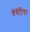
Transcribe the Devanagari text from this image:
गेंगेटिका